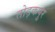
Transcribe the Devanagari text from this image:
तोड़कपुर